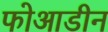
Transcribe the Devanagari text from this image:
फोआडीन